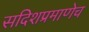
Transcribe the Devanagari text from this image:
सदिशप्रमाणेच